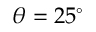
\theta = 2 5 ^ { \circ }